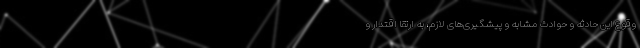
وقوع این حادثه و حوادث مشابه و پیشگیری‌های لازم، به ارتقا اقتدار و